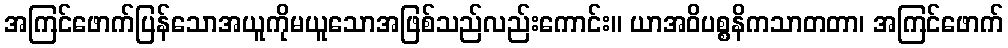
အကြင်ဖောက်ပြန်သောအယူကိုမယူသောအဖြစ်သည်လည်းကောင်း။ ယာအဝိပစ္စနိကသာတတာ၊ အကြင်ဖောက်